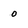
Character: 0